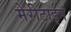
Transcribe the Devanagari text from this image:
मेरीटाईन